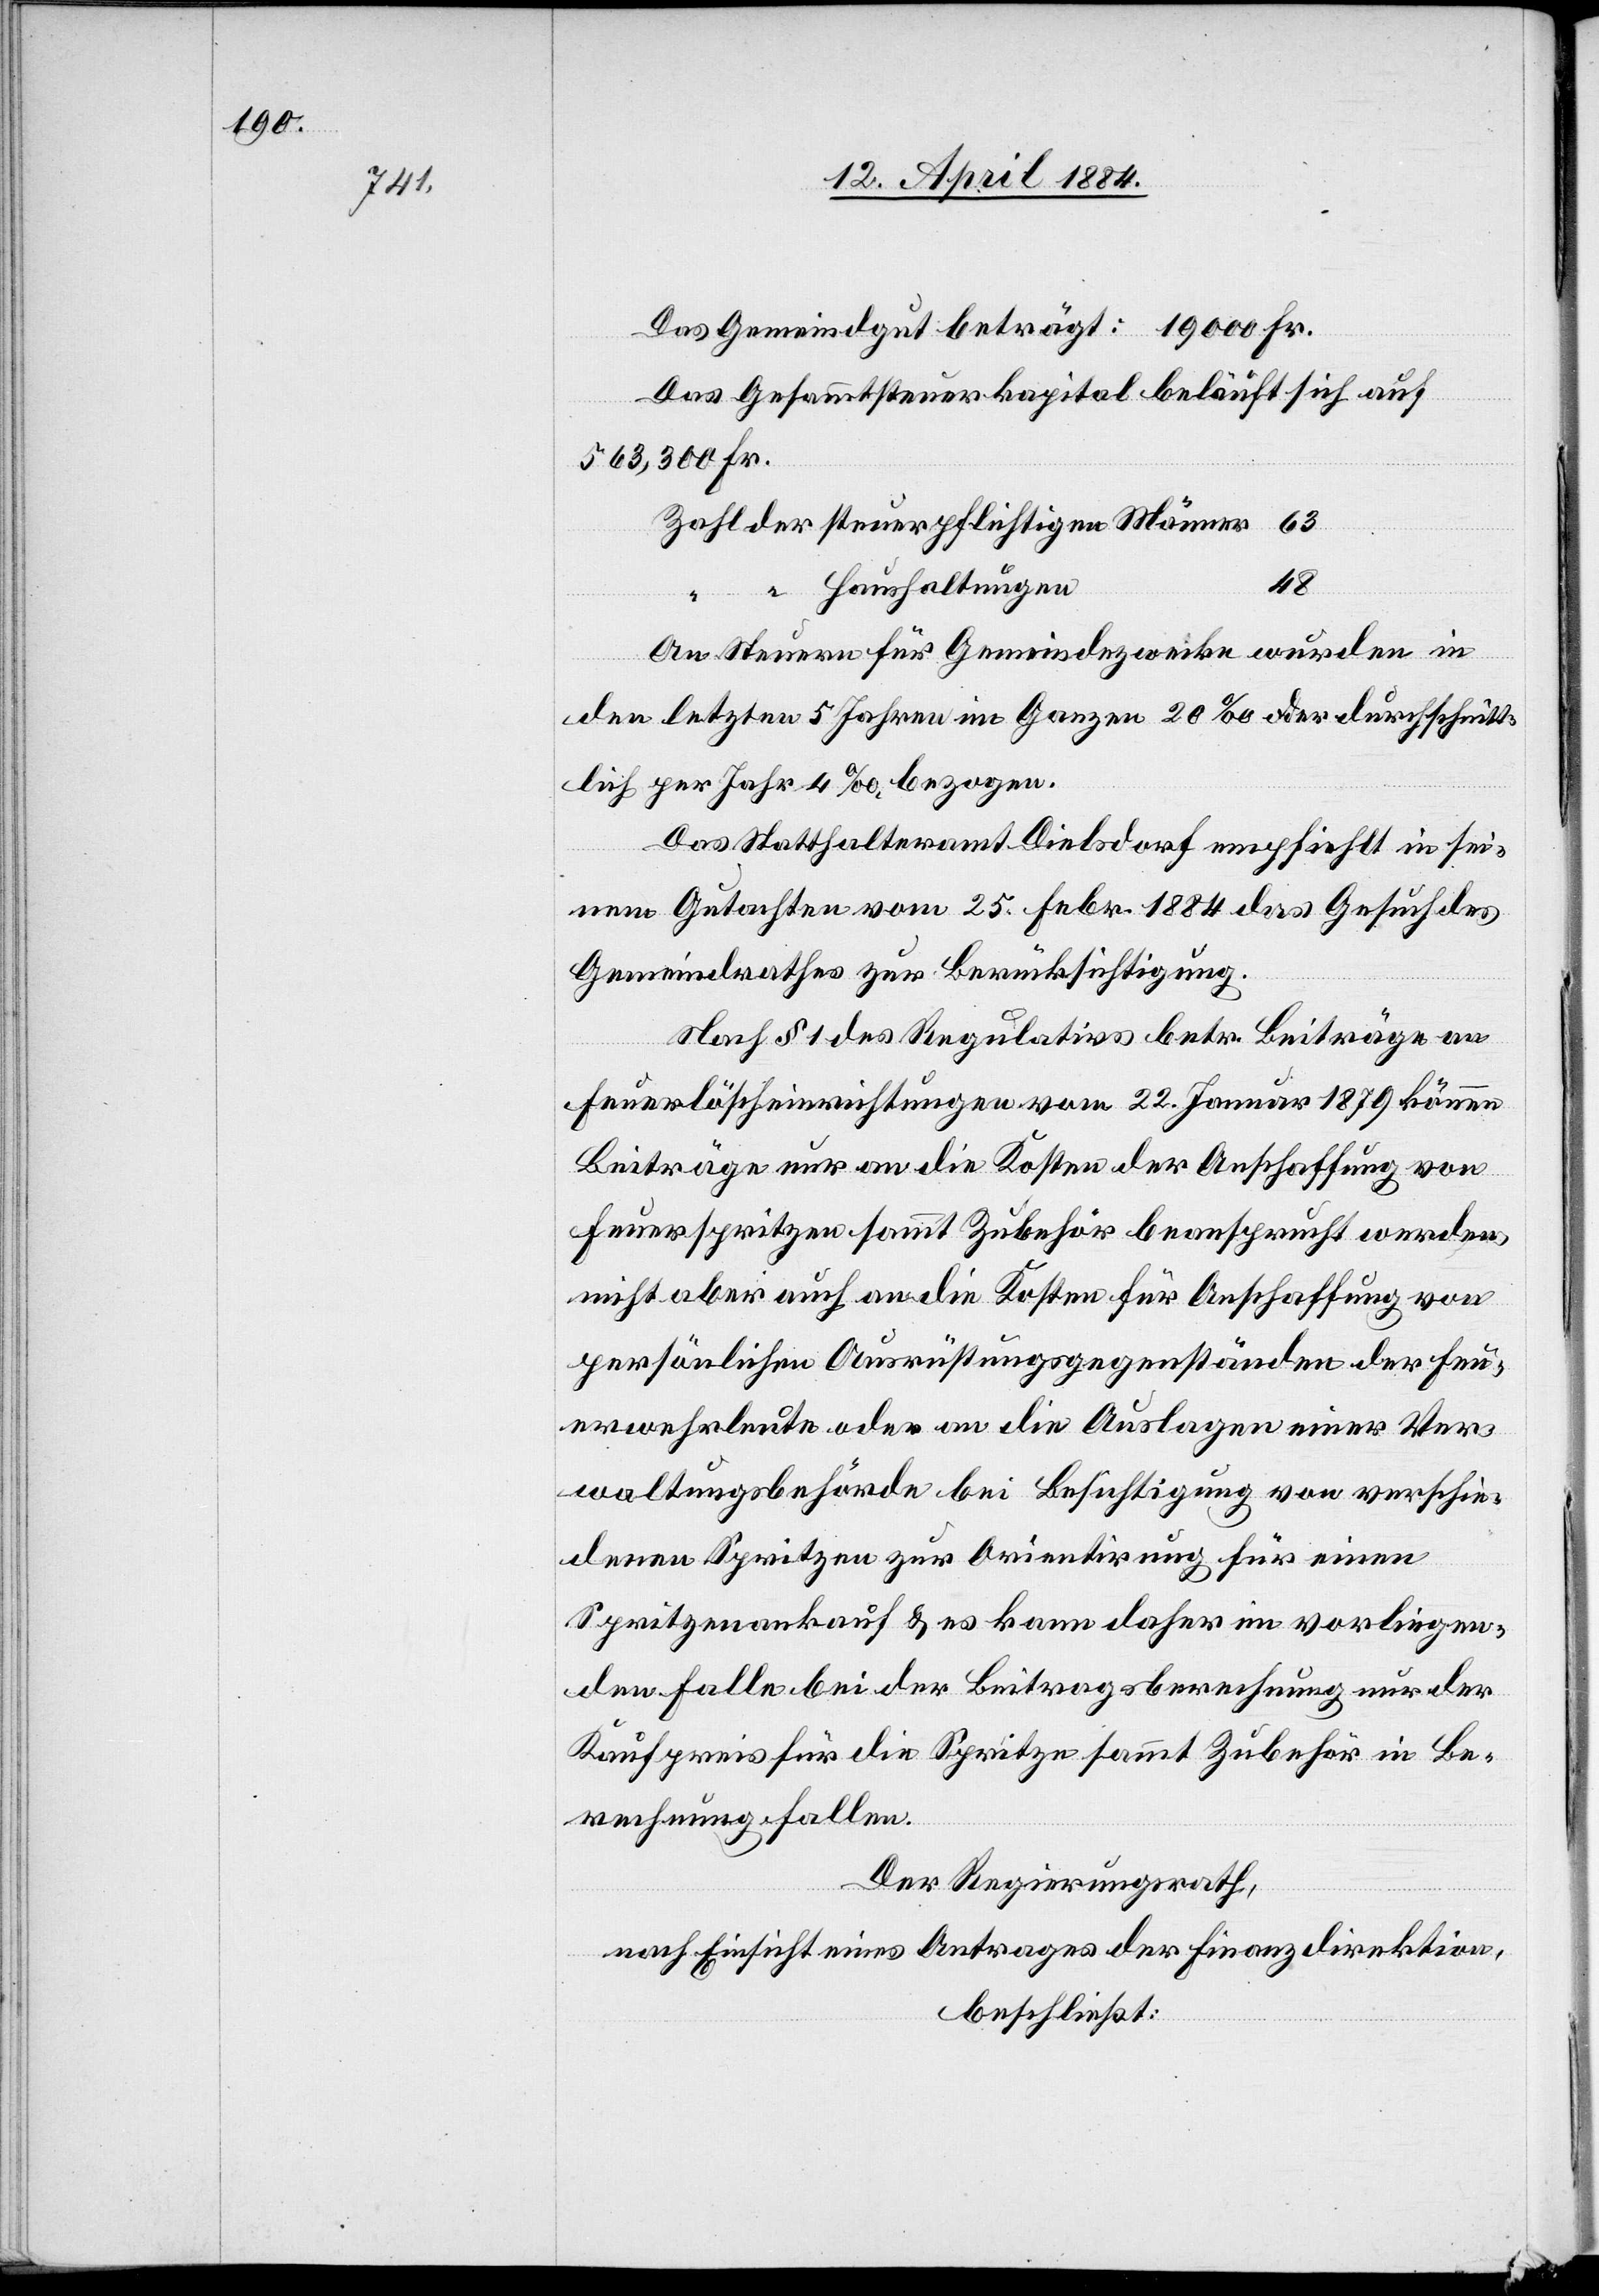
Das Gemeindegut beträgt: 19000 Fr.
Das Gesammtsteuerkapital beläuft sich auf
563,300 Fr.
48
An Steuern für Gemeindezwecke wurden in
Haushaltungen
den letzten 5 Jahren im Ganzen 20‰ der durchschnitt¬
lich per Jahr 4‰ bezogen.
Das Statthalteramt Dielsdorf empfiehlt in sei¬
nem Gutachten vom 25. Febr. 1884 das Gesuch des
Gemeindrathes zur Berücksichtigung.
Nach § 1 des Regulatives betr. Beiträge an
Feuerlöscheinrichtungen vom 22. Januar 1879 können
Beiträge nur an die Kosten der Anschaffung von
Feuerspritzen sammt Zubehör beansprucht werden,
nicht aber auch an die Kosten für Anschaffung von
persönlichen Ausrüstungsgegenständen der Feu¬
erwehrleute oder an die Auslagen einer Ver¬
waltungsbehörde bei Besichtigung von verschie¬
denen Spritzen zur Orientirung für einen
Spritzenankauf & es kann daher im vorliegen¬
den Falle bei der Beitragsberechnung nur der
Kaufpreis für die Spritze sammt Zubehör in Be¬
rechnung fallen.
Der Regierungsrath,
nach Einsicht eines Antrages der Finanzdirektion,
beschließt: